Scientific memoirs by medical officers of the Army of India - Part X,
Year: 1897
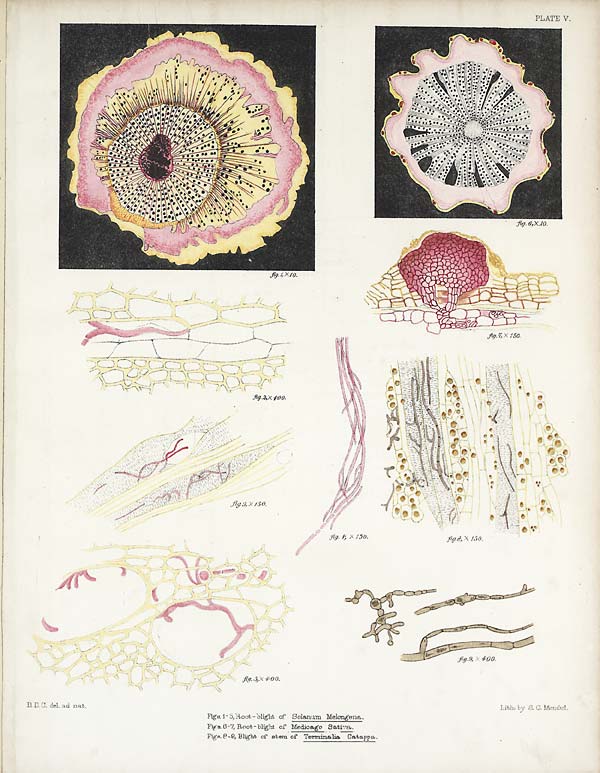
D. D. C. del. ad nat.
Lith: by S. C. Mondul.
PLATE V.
Figs. 1-5, Root-blight of Solanum Melongena.
Figs. 6-7, Root-blight of Medicago Sativa.
F i g s .
8 - 9 ,
B l i g h t o f s t e m o f T e r m i n a l i a C a t a p p a .